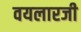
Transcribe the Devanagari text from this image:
वयलारजी